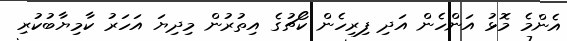
އެންމެ މޮޅު އަންހެން އަދި ފިރިހެން ކޯޗުގެ އިތުރުން މިދިޔަ އަހަރު ކާމިޔާބުކުރި